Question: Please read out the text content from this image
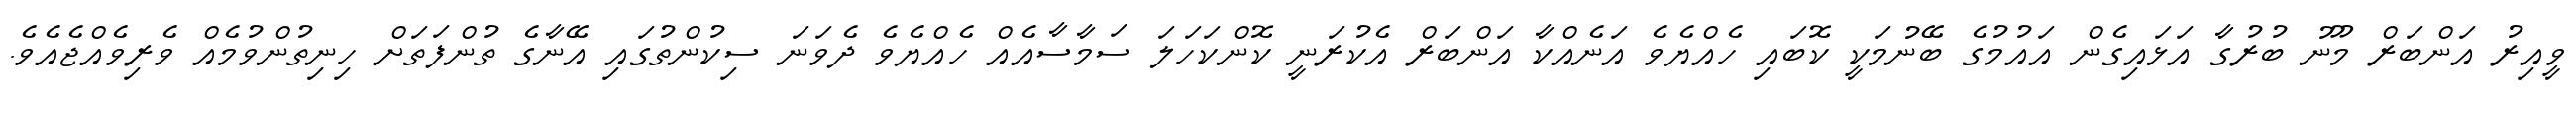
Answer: ވީއިރު އަންބަރް މޫނު ބުރުގާ އަޅައިގެން އައުމުގެ ބޭނުމަކީ ކޮބައި ހެއްޔެވެ އަނެއްކާ އަންބަރް އެކުރަނީ ކޮންކަހަލަ ސަމާސާއެއް ހެއްޔެވެ ދެވަނަ ސިކުންތުގައި އޭނާގެ ތުންފަތަށް ހިނިތުންވުމެއް ވެރިވެއްޖެއެވެ.